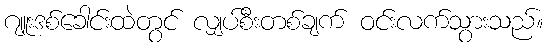
ဂျူးဒစ်ခေါင်းထဲတွင် လျှပ်စီးတစ်ချက် ဝင်းလက်သွားသည်။